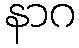
နာဂ